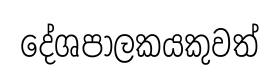
දේශපාලකයකුවත්